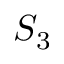
S _ { 3 }